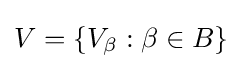
V=\{V_{\beta }:\beta \in B\}